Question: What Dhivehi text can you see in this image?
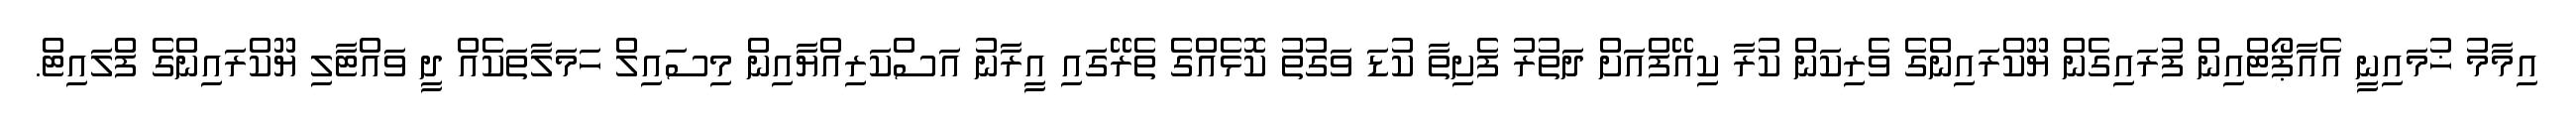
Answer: އިމާމު ޚުމައިނީ އެއާޕޯޓްއިން ފުރައިގެން ޔޫކްރައިންގެ ވެރިކަން ކުރާ ކިއޭފްއަށް ދަތުރު ފެށިތާ ކުޑަ ވަގުތު ކޮޅެއްގެ ތެރޭގައި އީރާނު އަސްކަރިއްޔާއިން މިސައިލް ހަމަލާތަކެއް ދީ ވައްޓާލި ޔޫކްރައިންގެ ފްލައިޓް.